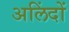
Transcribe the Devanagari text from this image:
अलिंदों